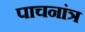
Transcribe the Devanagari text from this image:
पाचनांत्र